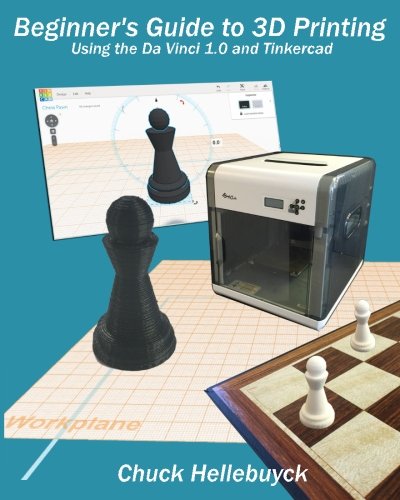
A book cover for Beginner's Guide to 3D Printing (Black & White Interior): Using the Da Vinci 1.0 and Tinkercad; Chuck Hellebuyck; Computers & Technology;